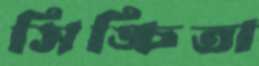
সিঙ্চিতা